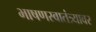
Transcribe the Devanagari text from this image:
भाषणस्वातंत्र्यावर